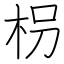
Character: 枴